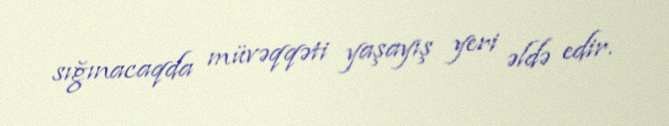
sığınacaqda müvəqqəti yaşayış yeri əldə edir.